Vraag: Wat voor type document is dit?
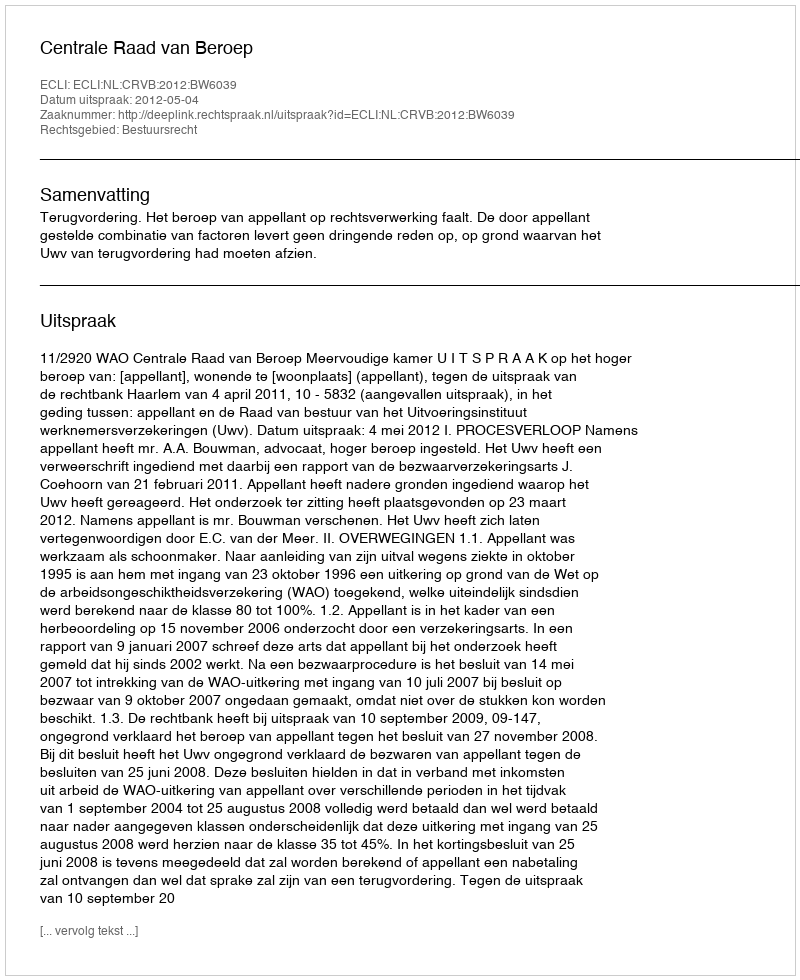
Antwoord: Uitspraak